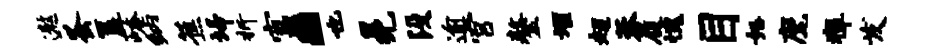
遨蚤簋崦纳蕉埽折富a也冕没逾宫鏊堰超蓉履愧目怒麾瘴发